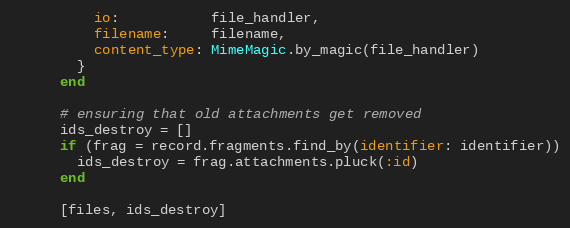
Language: Ruby
          io:           file_handler,
          filename:     filename,
          content_type: MimeMagic.by_magic(file_handler)
        }
      end

      # ensuring that old attachments get removed
      ids_destroy = []
      if (frag = record.fragments.find_by(identifier: identifier))
        ids_destroy = frag.attachments.pluck(:id)
      end

      [files, ids_destroy]